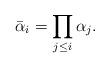
LaTeX: \begin{align*}\bar\alpha_i=\prod\limits_{j\le i}\alpha_j.\end{align*}